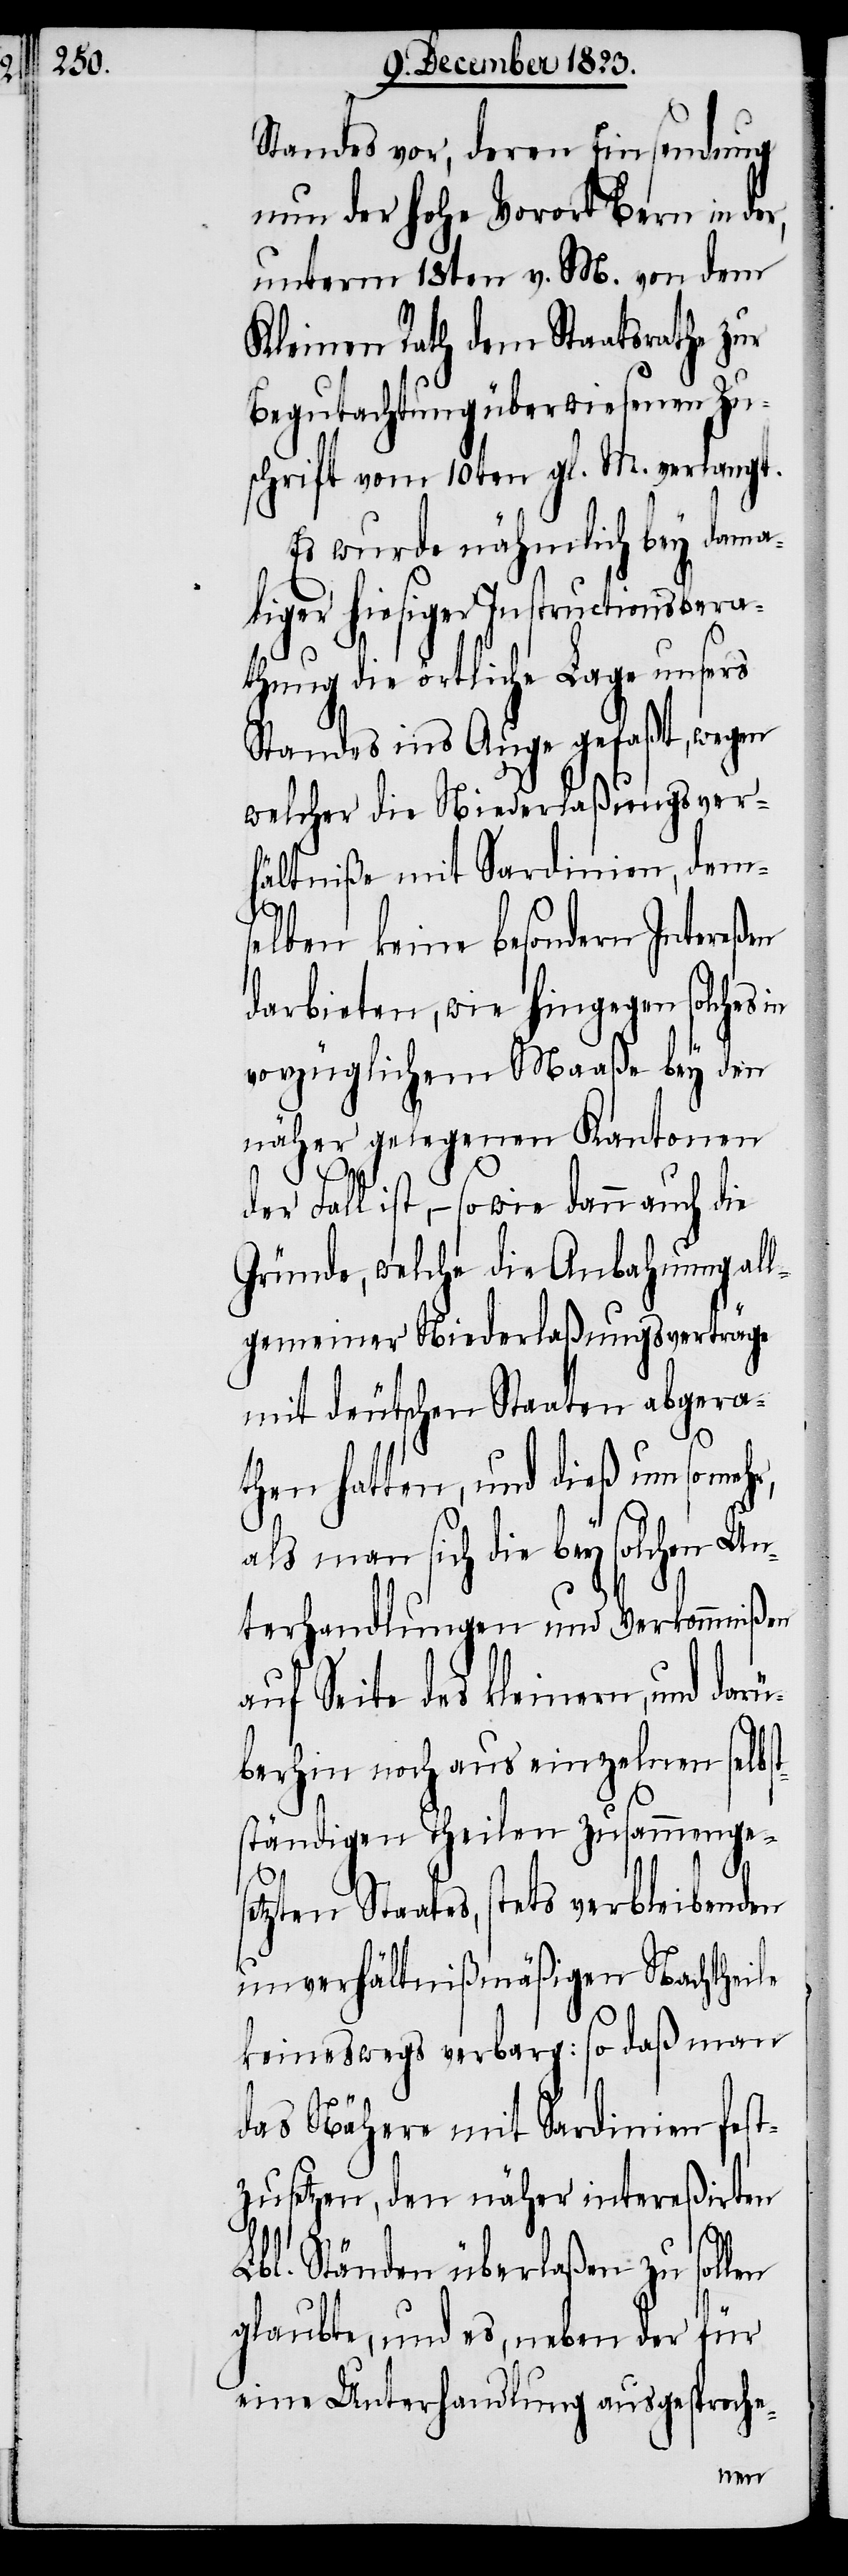
Standes vor, deren Einsendung
nun der hohe Vorort Bern in der,
unterm 18ten v. M. von dem
Kleinen Rath dem Staatsrathe zur
Begutachtung überwiesenen Zu¬
schrift vom 10ten gl. M. verlangt.
Es wurde nähmlich bey dama¬
liger hiesiger Instructionsbera¬
thung die örtliche Lage unsers
Standes ins Auge gefaßt, wegen
welcher die Niederlaßungsver¬
hältniße mit Sardinien, dems¬
elben keine besondern Intereßen
darbieten, wie hingegen solches
vorzüglichem Maaße bey den
näher gelegenen Kantonen
der Fall ist, − sowie dann auch die
Gründe, welche die Anbahnung all¬
gemeiner Niederlaßungsverträge
mit deutschen Staaten abgera¬
then hatten, und dieß um so
als man sich die bey solchen Un¬
terhandlungen und Verkommnißen
auf Seite des kleinern, und darü¬
berhin noch aus einzelnen selbs¬
ständigen Theilen zusammenges¬
etzten Staates, stets verbleibenden
unverhältnißmäßigen Nachtheile
keineswegs verbarg: so daß man
das Nähere mit Sardinien fest¬
zusetzen, den näher intereßirten
t¬
Lbl. Ständen überlaßen zu sollen
glaubte, und es, neben der
für
eine Unterhandlung ausgesproche-